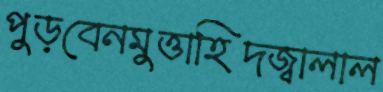
পুড়বেনমুত্তাহিদজ্বালাল